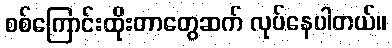
စစ်ကြောင်းထိုးတာတွေဆက် လုပ်နေပါတယ်။